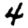
Digit: 4